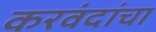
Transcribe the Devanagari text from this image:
करवंदांचा